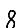
Digit: 8